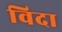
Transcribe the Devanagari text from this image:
विदा